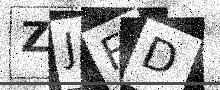
Text: ZJFD